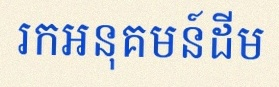
រកអនុគមន៍ដើម